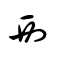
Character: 覀